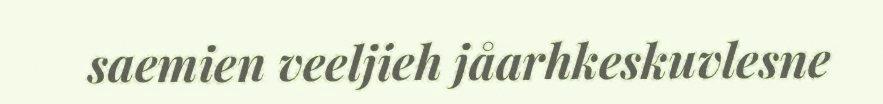
saemien veeljieh jåarhkeskuvlesne